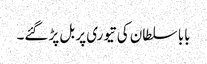
بابا سلطان کی تیوری پر بل پڑ گئے۔